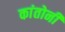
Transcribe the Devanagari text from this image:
कांतोनी